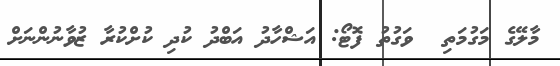
މާލޭގެ މަގުމަތި  ވަގުތު ފޮޓޯ: އަޝްހާދު އަބްދު ކުދި ކުށްކުރާ ޒުވާނުންނަށް